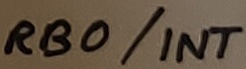
Text: RB0/INT